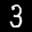
Label: 3